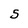
Character: 5